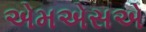
એમએસએ